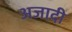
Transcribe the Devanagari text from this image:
अजादी